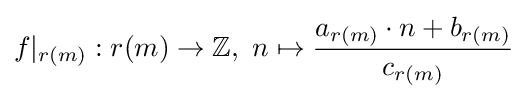
f|_{r(m)}:r(m)\rightarrow \mathbb {Z} ,\ n\mapsto {\frac {a_{r(m)}\cdot n+b_{r(m)}}{c_{r(m)}}}